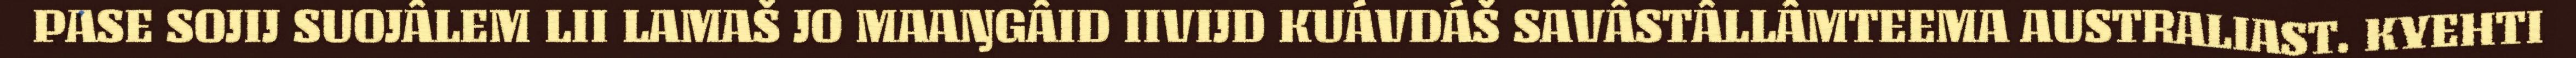
PASE SOJIJ SUOJÂLEM LII LAMAŠ JO MAAŊGÂID IIVIJD KUÁVDÁŠ SAVÂSTÂLLÂMTEEMA AUSTRALIAST. KYEHTI